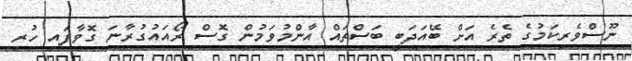
ނޫސްވެރިކަމުގެ ތެރެ އަށް ބޭއަދަބީ ބަސްތައް އާންމުވަމުން ގޮސް ރޯއައުގުރާނަ ގޮވާފައި ހުރި